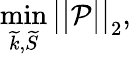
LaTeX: \operatorname*{min}_{\widetilde{k},\widetilde{S}}\big|\big|\mathcal{P}\big|\big|_{2},